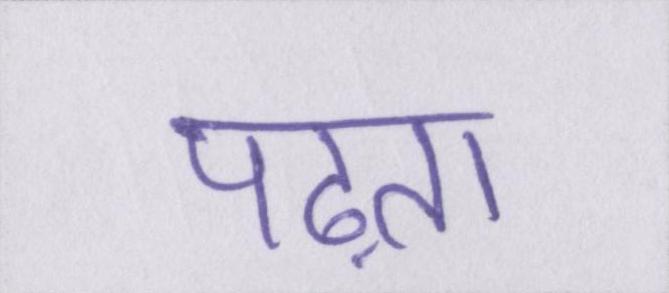
पढ़ता